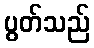
ပွတ်သည်